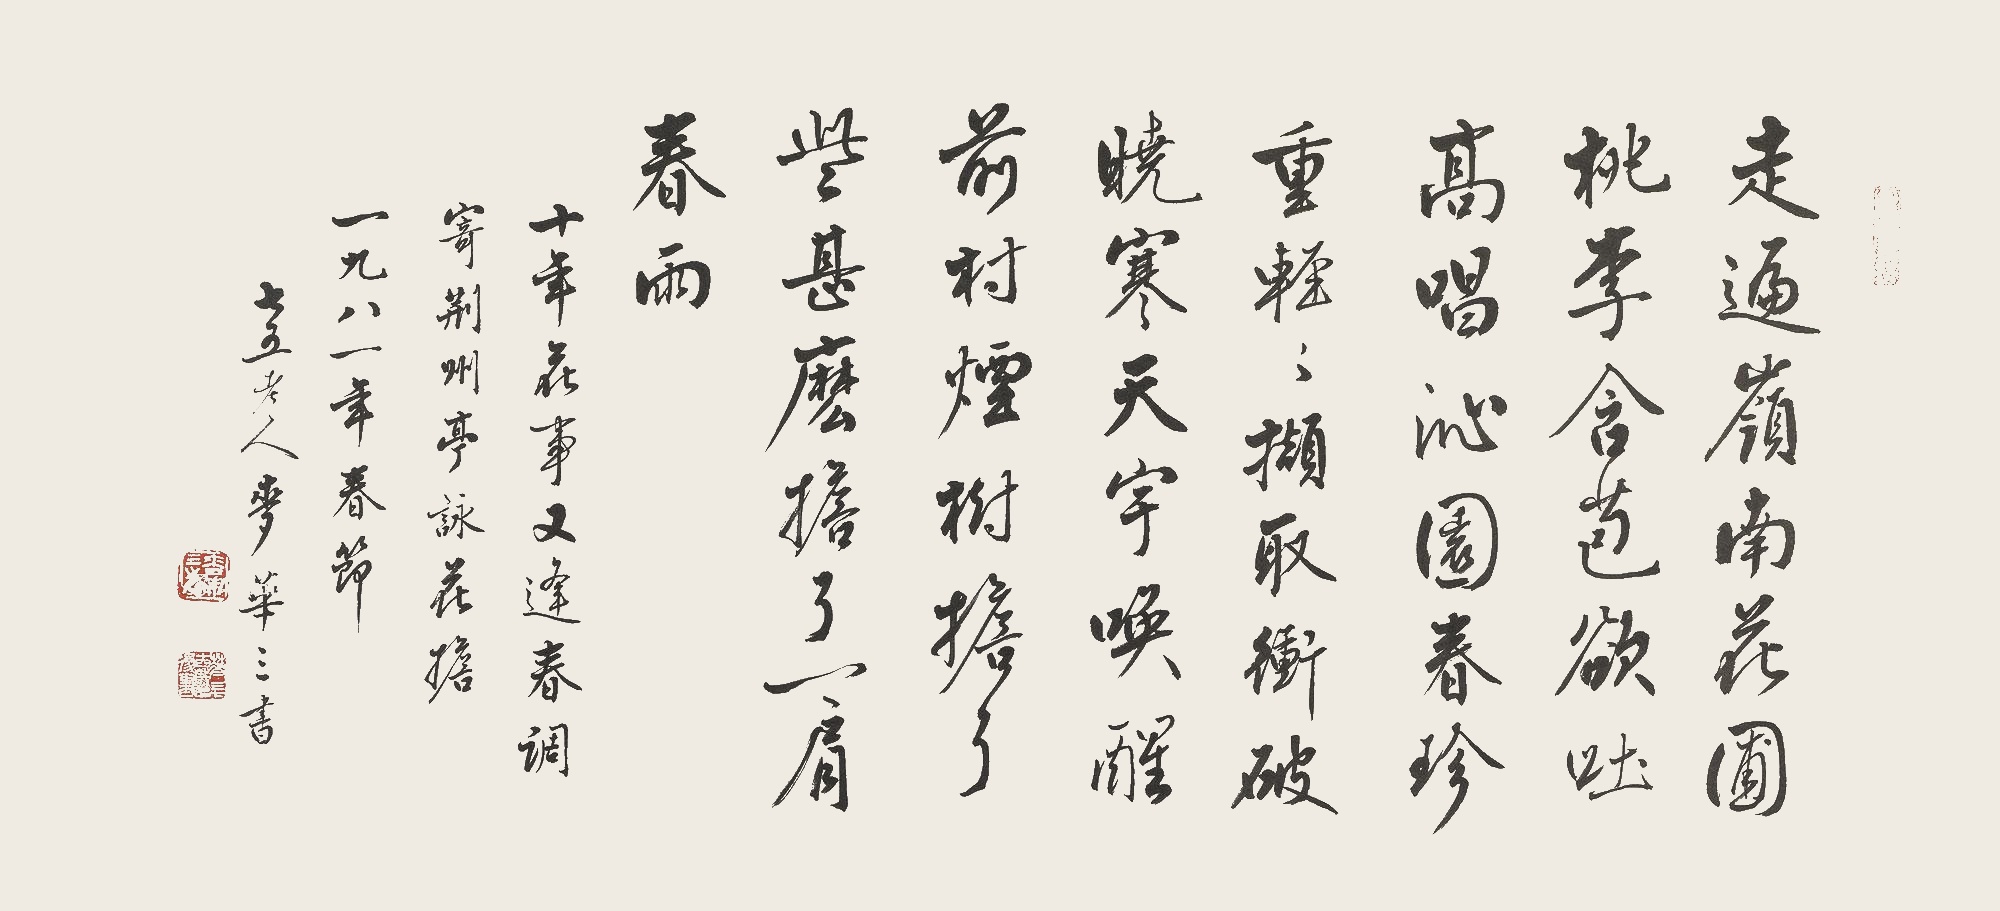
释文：走遍岭南花圃。桃李含苞欲吐。高唱沁园春。珍重轻轻撷取。冲破晓寒天宇。唤醒前村烟树。担了些什么。担了一肩春雨。十年花事又逢春，调寄荆州亭《咏花担》。一九八一年春节。七五老人麦华三。